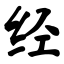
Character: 经